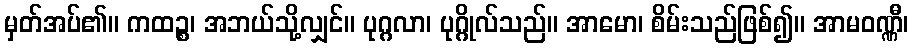
မှတ်အပ်၏။ ကထဉ္စ၊ အဘယ်သို့လျှင်။ ပုဂ္ဂလာ၊ ပုဂ္ဂိုလ်သည်။ အာမော၊ စိမ်းသည်ဖြစ်၍။ အာမဝဏ္ဏီ၊